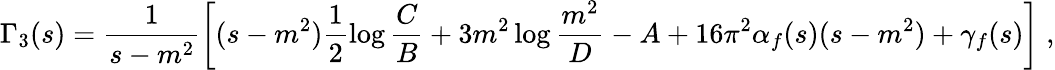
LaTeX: \Gamma_{3}(s)=\frac{1}{s-m^{2}}\left[(s-m^{2})\frac{1}{2}\log\frac{C}{B}+3m^{2}\log\frac{m^{2}}{D}-A+16\pi^{2}\alpha_{f}(s)(s-m^{2})+\gamma_{f}(s)\right]\; ,